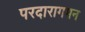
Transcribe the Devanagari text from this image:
परदारागमन